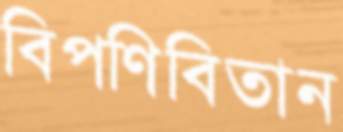
বিপণিবিতান